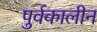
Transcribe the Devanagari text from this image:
पुर्वकालीन